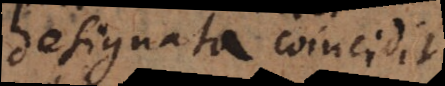
designata coincidit